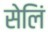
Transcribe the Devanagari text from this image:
सेलिं